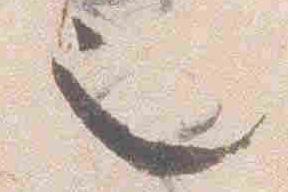
也